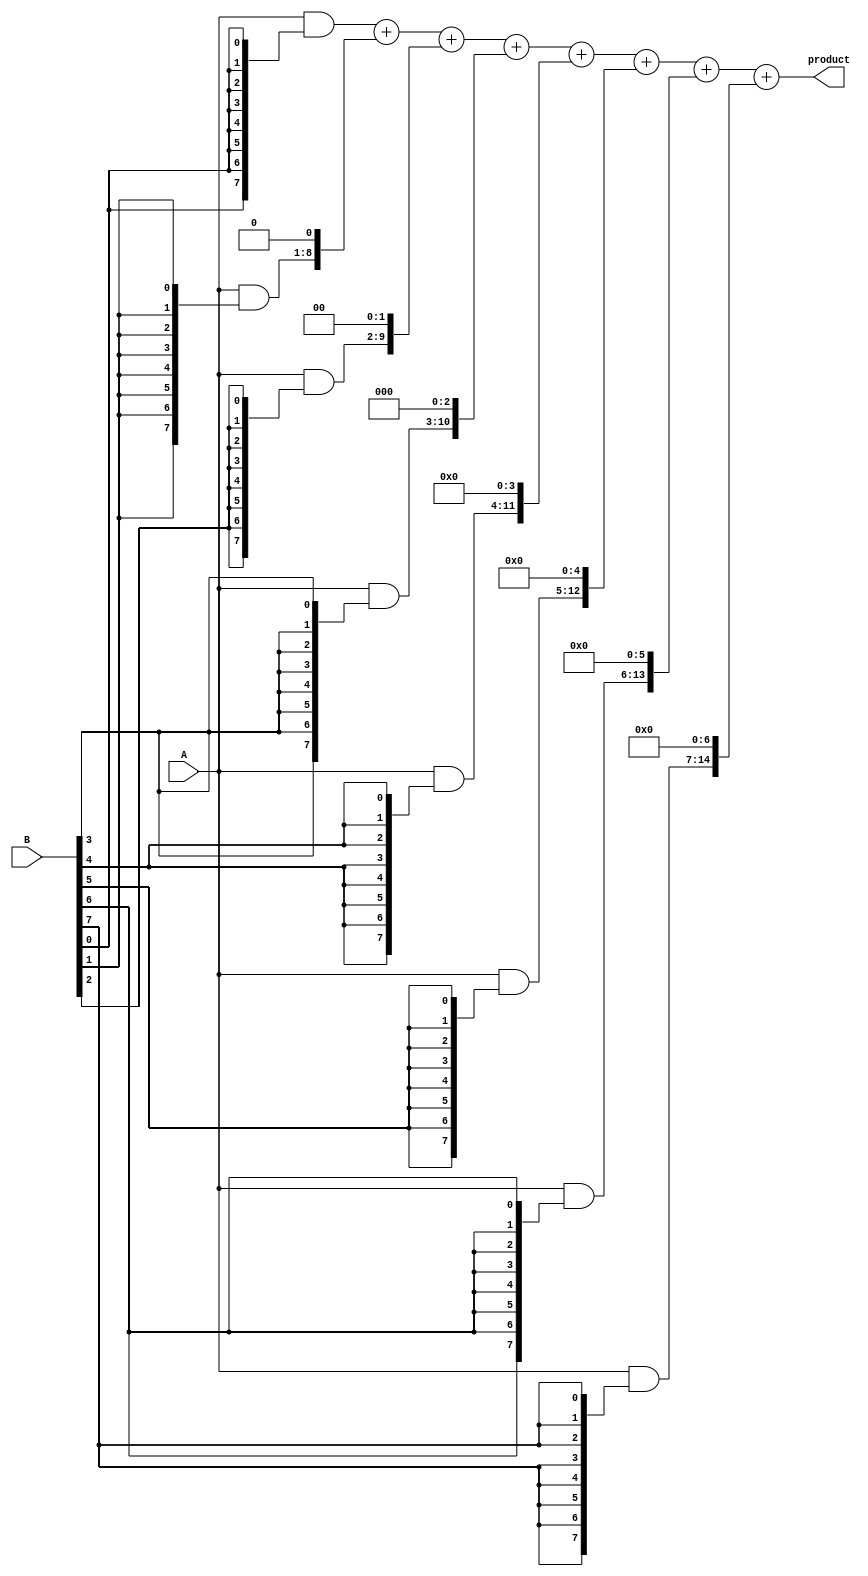
module variable_length_wallace_tree_multiplier #(parameter WIDTH_A = 8, WIDTH_B = 8)(
    input [WIDTH_A-1:0] A,
    input [WIDTH_B-1:0] B,
    output reg [WIDTH_A + WIDTH_B - 1:0] product
);

    // Intermediate signals for partial products
    reg [WIDTH_A + WIDTH_B - 1:0] partial_products[0:WIDTH_B-1];

    // Generate partial products
    integer i;
    always @(*) begin
        for (i = 0; i < WIDTH_B; i = i + 1) begin
            partial_products[i] = A & {WIDTH_A{B[i]}};
            partial_products[i] = partial_products[i] << i; // Shift according to the bit position
        end
    end

    // Wallace Tree Reduction
    reg [WIDTH_A + WIDTH_B - 1:0] sum;
    reg [WIDTH_A + WIDTH_B - 1:0] carry;
    integer j;
    
    always @(*) begin
        // Initialize sum and carry
        sum = 0;
        carry = 0;

        // Reduce using half adders and full adders
        for (j = 0; j < WIDTH_B; j = j + 1) begin
            if (j == 0) begin
                sum = partial_products[j];
            end else begin
                // Full adder logic
                {carry, sum} = sum + partial_products[j];
            end
        end
    end

    // Final addition to get the product
    always @(*) begin
        product = sum; // In a real design, you might need a more complex adder here
    end

endmodule